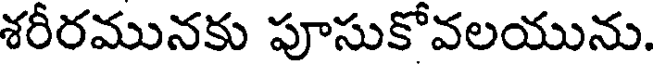
శరీరమునకు పూసుకోవలయును.